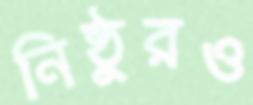
নিষ্ঠুরও